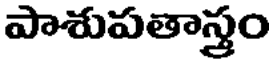
పాశుపతాస్త్రం